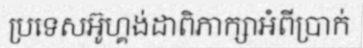
ប្រទេសអ៊ូហ្គង់ដាពិភាក្សាអំពីប្រាក់